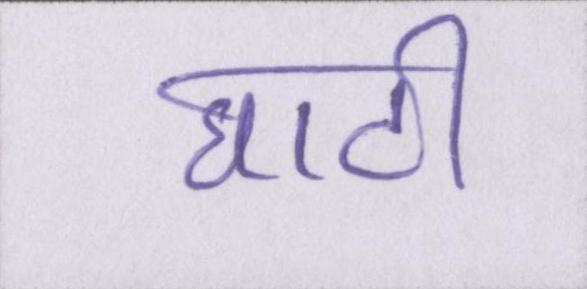
घाटी